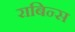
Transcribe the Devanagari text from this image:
राबिन्स